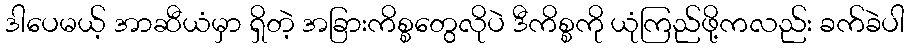
ဒါပေမယ့် အာဆီယံမှာ ရှိတဲ့ အခြားကိစ္စတွေလိုပဲ ဒီကိစ္စကို ယုံကြည်ဖို့ကလည်း ခက်ခဲပါ